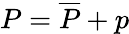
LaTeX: P=\overline{{P}}+p